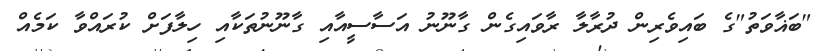
"ބަޣާވަތު"ގެ ބައިވެރިން ދުރާލާ ރާވައިގެން ގާނޫނު އަސާސީއާއި ގާނޫނުތަކާއި ހިލާފަށް ކުރައްވާ ކަމެއް